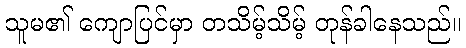
သူမ၏ ကျောပြင်မှာ တသိမ့်သိမ့် တုန်ခါနေသည်။